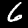
Label: 6